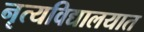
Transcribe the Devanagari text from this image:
नृत्यविद्यालयात